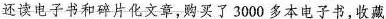
还读电子书和碎片化文章，购买了3000多本电子书，收藏